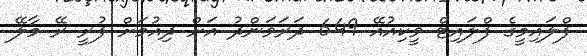
ފްލައިމީގެ ފްލައިޓް ވީކިއުއޭ 649 ދަރަވަންދު އަށް ދިއުމަށް ފުރީ ރޭ މާލޭ